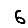
Digit: 6